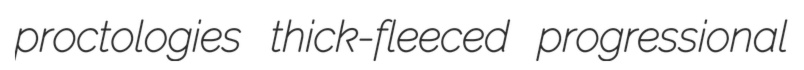
proctologies thick-fleeced progressional